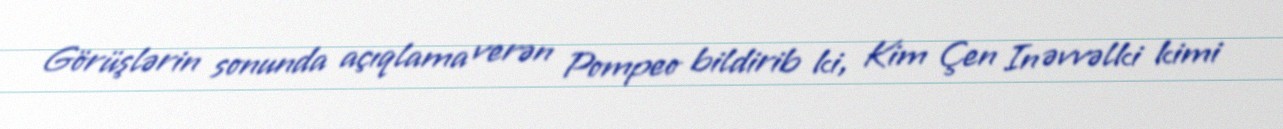
Görüşlərin sonunda açıqlama verən Pompeo bildirib ki, Kim Çen In əvvəlki kimi